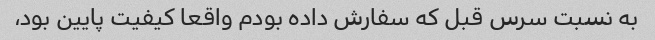
به نسبت سرس قبل که سفارش داده بودم واقعا کیفیت پایین بود،